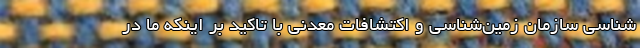
‌شناسی سازمان زمین‌شناسی و اکتشافات معدنی با تاکید بر اینکه ما در